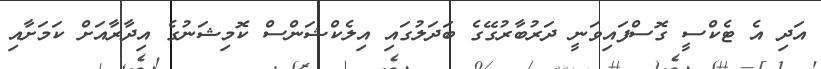
އަދި އެ ޓެކްސީ ގޮސްފައިވަނީ ދަރުބާރުގޭގެ ބަދަލުގައި އިލެކްޝަންސް ކޮމިޝަނުގެ އިދާރާއަށް ކަމަށާއި